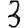
Digit: 3